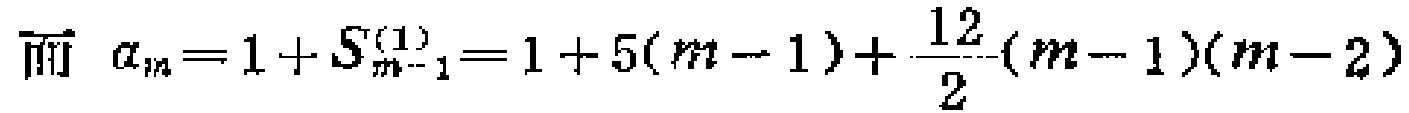
\[ \text{而 } a_{m}=1 + S_{m - 1}^{(1)}=1 + 5(m - 1)+\frac{12}{2}(m - 1)(m - 2) \]